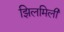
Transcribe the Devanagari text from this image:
झिलमिली